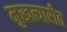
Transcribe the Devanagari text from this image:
मुखत्यारीत